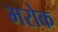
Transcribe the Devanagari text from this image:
मरोक